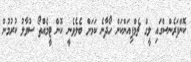
ކޮންފަރެންސްގައި ލީގް ޗެމްޕިއަންކަން ހޯދާނެ ކަމަށް ބެލެވެނީ ކޮން ޓީމެއްތޯ ސުވާލު ކުރުމުން